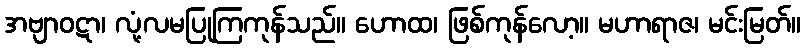
အဗျာဝဋာ၊ လုံ့လမပြုကြကုန်သည်။ ဟောထ၊ ဖြစ်ကုန်လော့။ မဟာရာဇ၊ မင်းမြတ်။